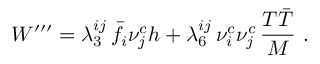
W ^ { \prime \prime \prime } = \lambda _ { 3 } ^ { i j } \, \bar { f } _ { i } \nu _ { j } ^ { c } h + \lambda _ { 6 } ^ { i j } \, \nu _ { i } ^ { c } \nu _ { j } ^ { c } \, { \frac { T \bar { T } } { M } } \ .